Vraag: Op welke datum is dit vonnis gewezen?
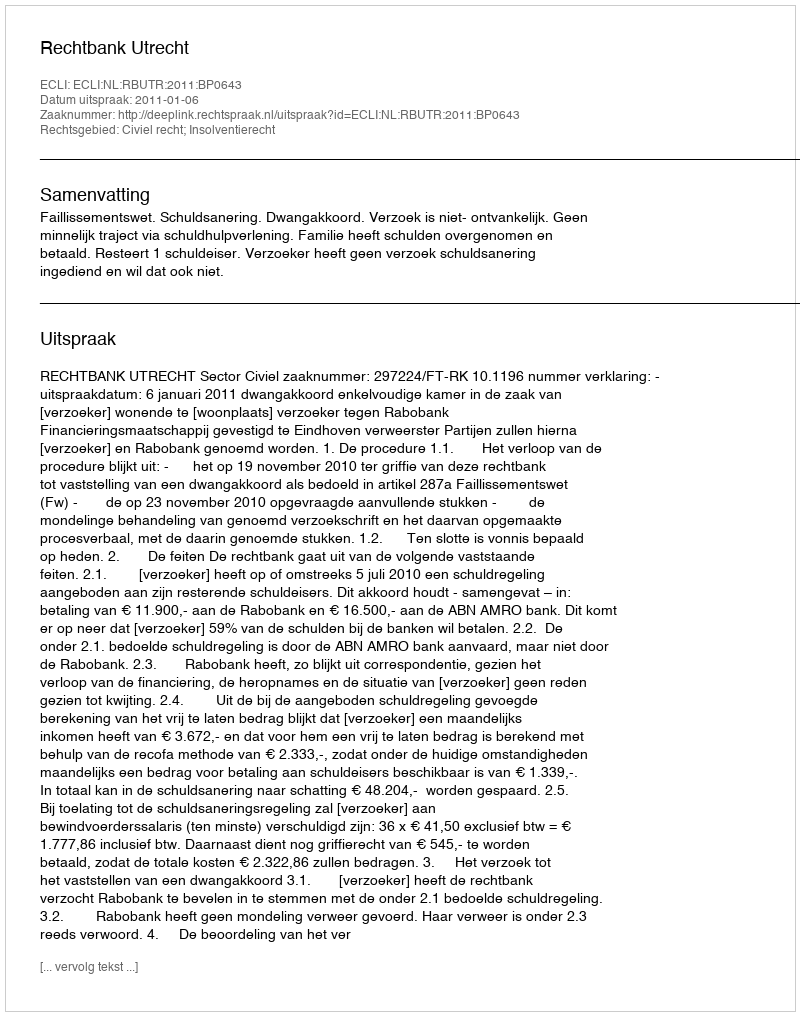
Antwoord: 2011-01-06